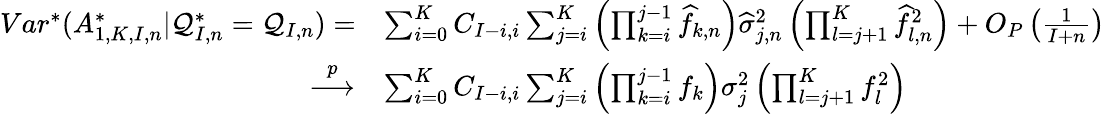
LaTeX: \begin{array}{rl}{Var^{*}(A_{1,K,I,n}^{*}|\mathcal{Q}_{I,n}^{*}=\mathcal{Q}_{I,n})=}&{\sum_{i=0}^{K}C_{I-i,i}\sum_{j=i}^{K}\left(\prod_{k=i}^{j-1}\widehat{f}_{k,n}\right)\widehat{\sigma}_{j,n}^{2}\left(\prod_{l=j+1}^{K}\widehat{f}_{l,n}^{2}\right)+O_{P}\left(\frac{1}{I+n}\right)}\\ {\overset{p}{\longrightarrow}}&{\sum_{i=0}^{K}C_{I-i,i}\sum_{j=i}^{K}\left(\prod_{k=i}^{j-1}f_{k}\right)\sigma_{j}^{2}\left(\prod_{l=j+1}^{K}f_{l}^{2}\right)}\end{array}